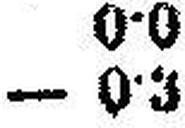
— 0•3